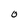
Character: O